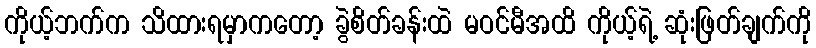
ကိုယ့်ဘက်က သိထားရမှာကတော့ ခွဲစိတ်ခန်းထဲ မဝင်မီအထိ ကိုယ့်ရဲ့ ဆုံးဖြတ်ချက်ကို